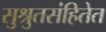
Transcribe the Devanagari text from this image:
सुश्रुतसंहितेत